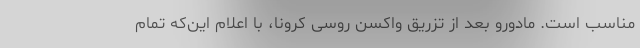
مناسب است. مادورو بعد از تزریق واکسن روسی کرونا، با اعلام این‌که تمام